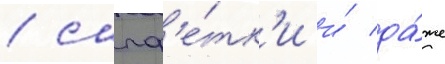
/ салф'е́тк'и и́ да́же